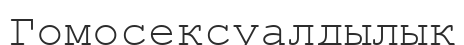
Гомосексуалдылық